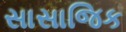
સાસાજિક